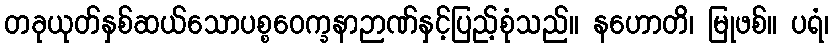
တခုယုတ်နှစ်ဆယ်သောပစ္စဝေက္ခနာဉာဏ်နှင့်ပြည့်စုံသည်။ နဟောတိ၊ မြုဖစ်။ ပရံ၊